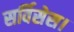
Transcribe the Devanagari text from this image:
सर्विसेस।